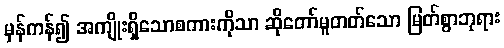
မှန်ကန်၍ အကျိုးရှိသောစကားကိုသာ ဆိုတော်မူတတ်သော မြတ်စွာဘုရား